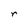
Character: r